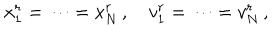
x _ { 1 } ^ { r } = \cdots = x _ { N } ^ { r } \, , \quad v _ { 1 } ^ { r } = \cdots = v _ { N } ^ { r } \, ,